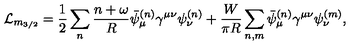
\mathcal { L } _ { m _ { 3 / 2 } } = \frac { 1 } { 2 } \sum _ { n } \frac { n + \omega } { R } \bar { \psi } _ { \mu } ^ { ( n ) } \gamma ^ { \mu \nu } \psi _ { \nu } ^ { ( n ) } + \frac { W } { \pi R } \sum _ { n , m } \bar { \psi } _ { \mu } ^ { ( n ) } \gamma ^ { \mu \nu } \psi _ { \nu } ^ { ( m ) } ,